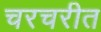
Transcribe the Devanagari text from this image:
चरचरीत